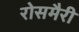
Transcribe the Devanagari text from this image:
रोसमैरी